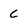
Character: C